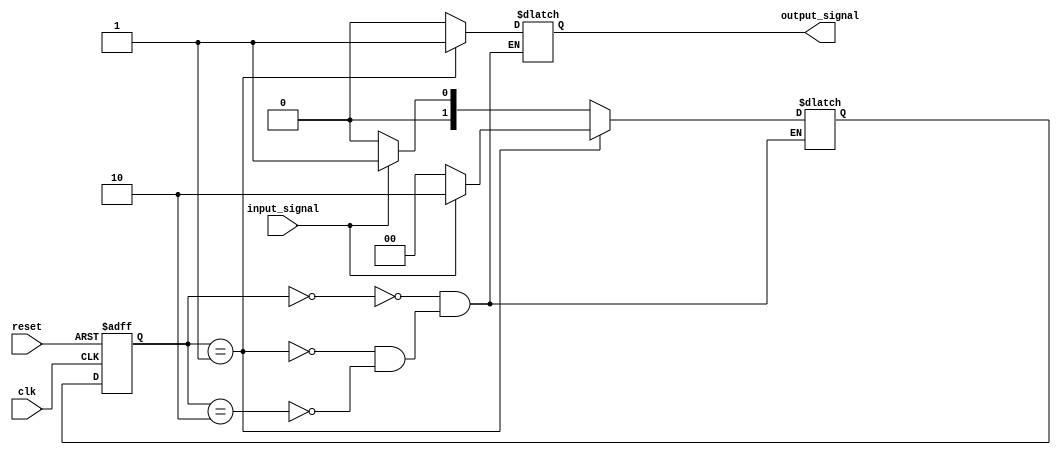
module fsm (
    input wire clk,
    input wire reset,
    input wire input_signal,
    output reg output_signal
);

// Define states
parameter S0 = 2'b00;
parameter S1 = 2'b01;
parameter S2 = 2'b10;

// Define state register
reg [1:0] state, next_state;

// Define state transitions
always @ (posedge clk or posedge reset) begin
    if (reset) begin
        state <= S0;
    end else begin
        state <= next_state;
    end
end

// Define next state logic
always @* begin
    case (state)
        S0: begin
            if (input_signal)
                next_state = S1;
            else
                next_state = S0;
        end
        S1: begin
            if (input_signal)
                next_state = S2;
            else
                next_state = S0;
        end
        S2: begin
            if (input_signal)
                next_state = S1;
            else
                next_state = S0;
        end
    endcase
end

// Define output signal based on current state
always @* begin
    case (state)
        S0: begin
            output_signal = 0;
        end
        S1: begin
            output_signal = 1;
        end
        S2: begin
            output_signal = 0;
        end
    endcase
end

endmodule